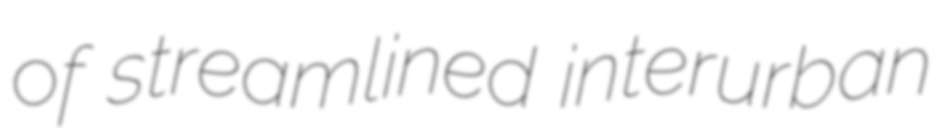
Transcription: of streamlined interurban